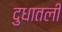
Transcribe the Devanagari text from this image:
दुधातली